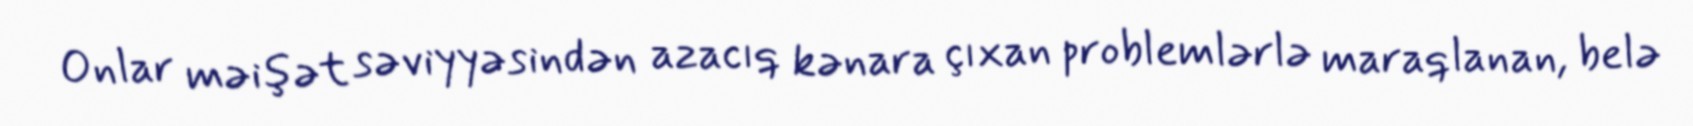
Onlar məişət səviyyəsindən azacıq kənara çıxan problemlərlə maraqlanan, belə